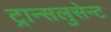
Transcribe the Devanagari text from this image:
ट्रान्सलुसेन्ट